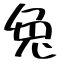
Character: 兔